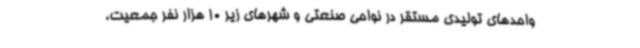
واحدهای تولیدی مستقر در نواحی صنعتی و شهرهای زیر 10 هزار نفر جمعیت،